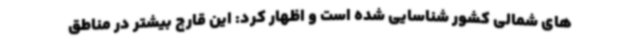
های شمالی کشور شناسایی شده است و اظهار کرد: این قارچ بیشتر در مناطق